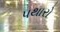
પથારો